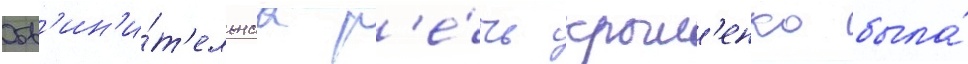
Обв'ин'и́т'ельнаа р'е́чь крыл'енко была́